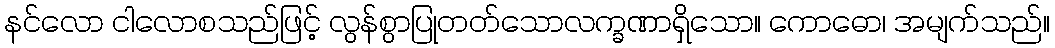
နင်လော ငါလောစသည်ဖြင့် လွန်စွာပြုတတ်သောလက္ခဏာရှိသော။ ကောဓော၊ အမျက်သည်။